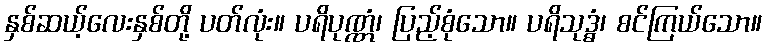
နှစ်ဆယ့်လေးနှစ်တို့ ပတ်လုံး။ ပရိပုဏ္ဏံ၊ ပြည့်စုံသော။ ပရိသုဒ္ဓံ၊ စင်ကြယ်သော။